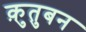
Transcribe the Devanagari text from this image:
क़ुतुबन